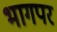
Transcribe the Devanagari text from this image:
भागपर